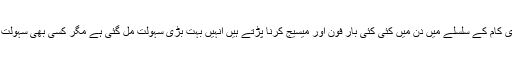
ایسے افراد جنہیں اپنے کاروبار یا دفتری کام کے سلسلے میں دن میں کئی کئی بار فون اور میسیج کرنا پڑتے ہیں انہیں بہت بڑی سہولت مل گئی ہے مگر کسی بھی سہولت کا غلط استعمال بگاڑ کا باعث بنتا ہے۔